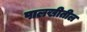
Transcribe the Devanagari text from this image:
पालखीतील